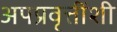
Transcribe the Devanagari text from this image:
अपप्रवृत्तींशी